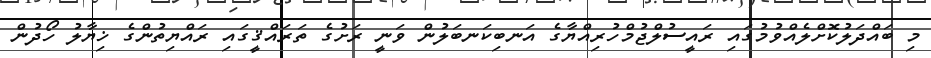
މި ބައްދަލުކޮށްލެއްވުމުގައި ރައީސުލްޖުމްހުރިއްޔާގެ އަނބިކަނބަލުން ވަނީ ރަށުގެ ތަރައްޤީގައި ރައްޔިތުންގެ ޚިޔާލު ހޯދުން